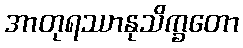
အာတုရဿာနုသိက္ခတော